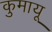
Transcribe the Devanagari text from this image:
कुमायू